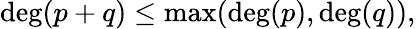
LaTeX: \deg(p+q)\leq\operatorname*{max}(\deg(p),\deg(q)),